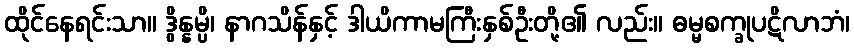
ထိုင်နေရင်းသာ။ ဒွိန္နမ္ပိ၊ နာဂသိန်နှင့် ဒါယိကာမကြီးနှစ်ဦးတို့၏ လည်း။ ဓမ္မစက္ခုပဋိလာဘံ၊